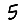
Digit: 5